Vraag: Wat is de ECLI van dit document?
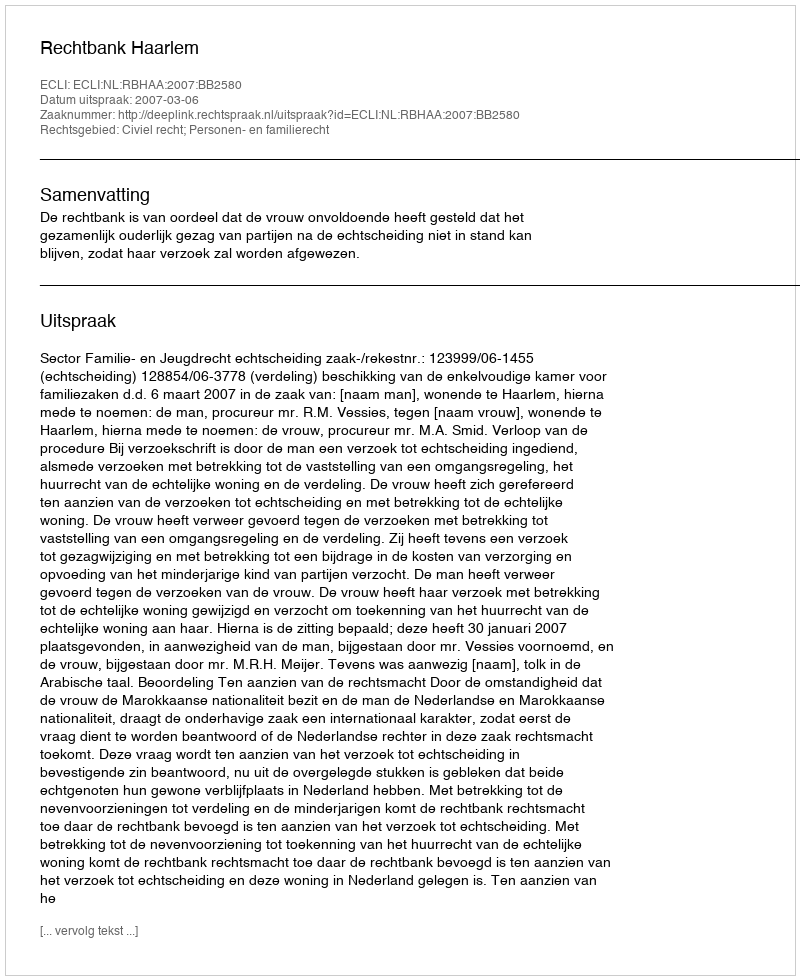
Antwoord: ECLI:NL:RBHAA:2007:BB2580